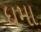
ધમા